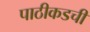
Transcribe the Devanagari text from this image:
पाठीकडची